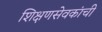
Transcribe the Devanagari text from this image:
शिक्षणसेवकांची